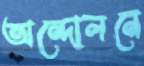
অন্দোলনে